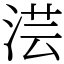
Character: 𣶽